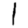
Digit: 1